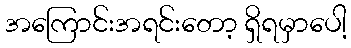
အကြောင်းအရင်းတော့ ရှိရမှာပေါ့